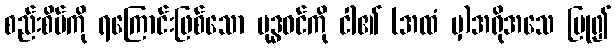
စည်းစိမ်ကို ရကြောင်းဖြစ်သော ဗုဒ္ဓဝင်ကို ငါ၏ (အထံ မှ)အရိုအသေ ပြု၍